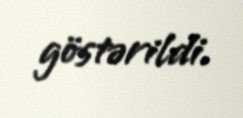
göstərildi.